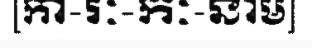
[កា-រៈ-កៈ-នាម]